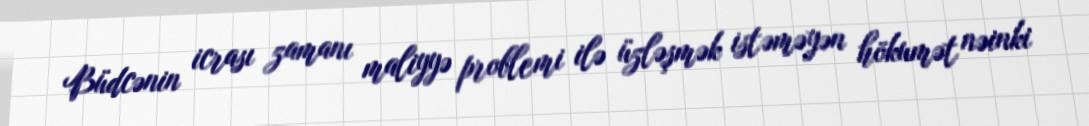
Büdcənin icrası zamanı maliyyə problemi ilə üzləşmək istəməyən hökumət nəinki